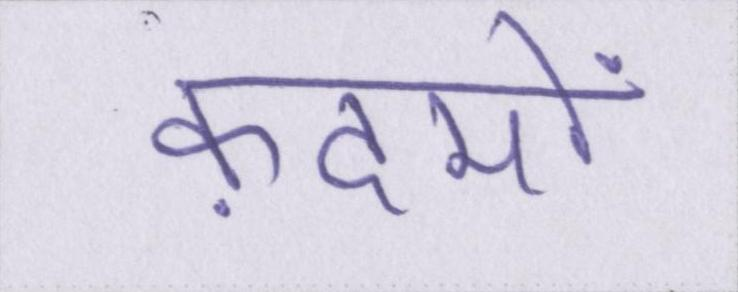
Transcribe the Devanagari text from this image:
क़दमों